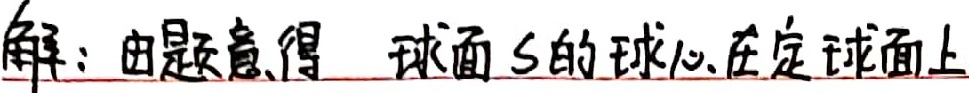
解：由题意得，球面\(S\)的球心在定球面上